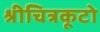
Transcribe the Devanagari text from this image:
श्रीचित्रकूटो